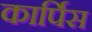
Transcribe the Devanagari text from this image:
कार्पिस